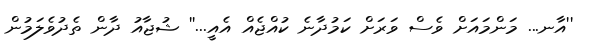
''އާނ... މަންމައަށް ވެސް ވަރަށް ކަމުދާނެ ކުއްޖެއް އެއީ...'' ޝުޖާއު ދާން ތެދުވެލަމުން